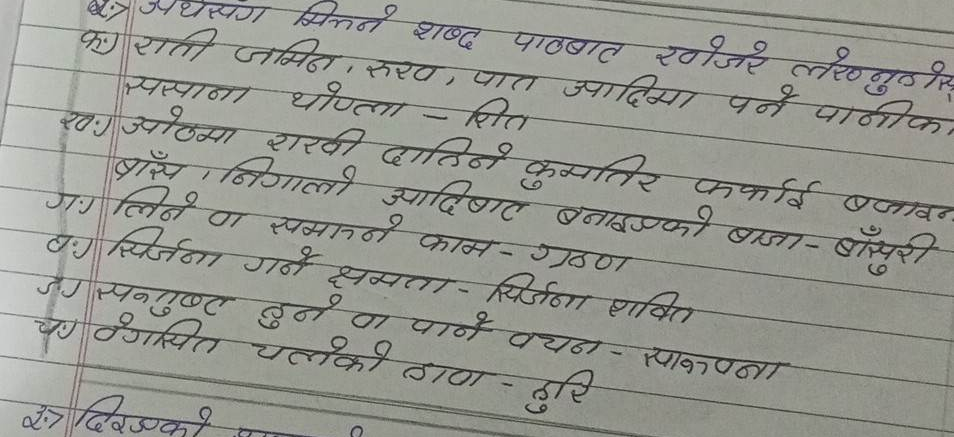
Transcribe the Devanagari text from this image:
२) अथय्सँग मिल्ने शब्द पाठबाट खोजी लेख्नुहोस्
क) राती जामिन, रुख, पात आदिमा पर्ने पानीका
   साना थोप्ला – सित
ख) ओठमा राखी दाँतिने कुमतिले फरकाई बजाउने
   बाँस, निगालो आदिबाट बनाइएको बाजा - बाँसुरी
ग) लिने वा समात्ने काम - ग्रहण
घ) सिर्जना गर्ने क्षमता - सिर्जना शक्ति
ङ) सन्तुष्ट हुने वा पाउने वचन - साक्रपना
च) वेगसित चलेको हावा - हुरी
२.७ दिएको